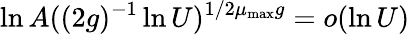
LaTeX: \ln A((2g)^{-1}\ln U)^{1/2\mu_{\mathrm{max}}g}=o(\ln U)